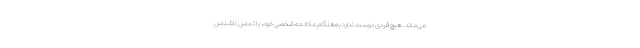
می‌ماند. هیچ فردی دوست ندارد به‌هنگام مکالمه شخصی خود، با تماس ناشناس